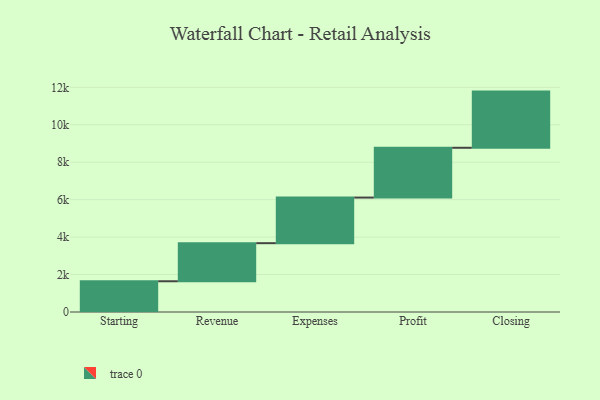
{"axis": {"x": "Step", "y": "Value"}, "legend": [""], "data": [{"x": "Starting", "y": 1642.0, "type": ""}, {"x": "Revenue", "y": 2034.0, "type": ""}, {"x": "Expenses", "y": 2436.0, "type": ""}, {"x": "Profit", "y": 2660.0, "type": ""}, {"x": "Closing", "y": 3000, "type": ""}]}